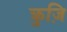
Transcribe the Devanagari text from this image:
क्रुज़ि